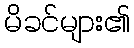
မိခင်များ၏